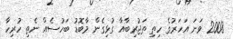
2008 ވަނަ އަހަރުގެ ހިތި ތަޖުރިބާއާ ގުޅިގެން މާބޮޑު ބަހުސެއް ނެތި ހުރިހާ